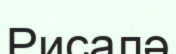
Рисалә